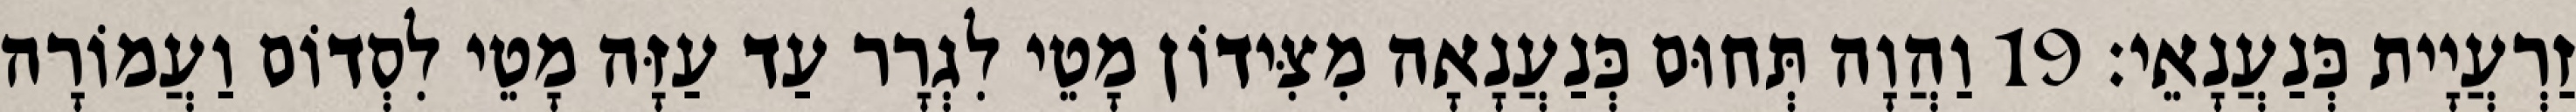
זַרְעֲיָית כְּנַעֲנָאֵי׃ 19 וַהֲוָה תְּחוּם כְּנַעֲנָאָה מִצִּידוֹן מָטֵי לִגְרָר עַד עַזָּה מָטֵי לִסְדוֹם וַעֲמוֹרָה